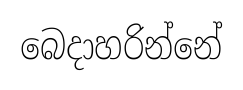
බෙදාහරින්නේ